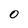
Character: 0